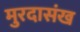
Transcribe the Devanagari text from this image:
मुरदासंख